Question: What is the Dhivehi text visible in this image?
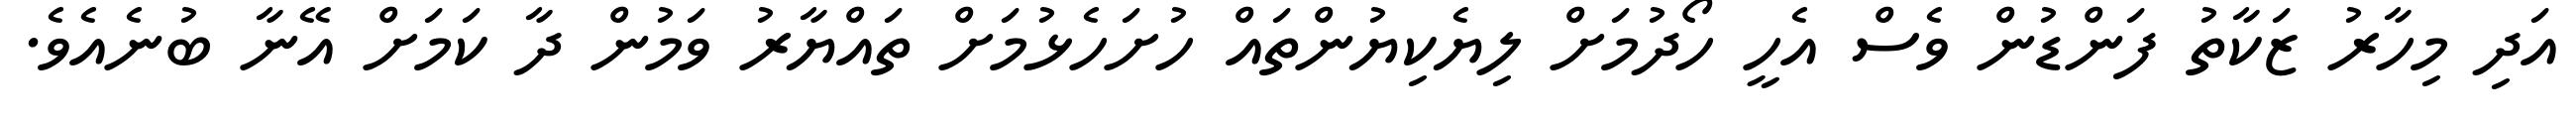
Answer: އަދި މިހާރު ޒަކާތު ފަންޑުން ވެސް އެހީ ހޯދުމަށް ލިޔެކިޔުންތައް ހުށަހެޅުމަށް ތައްޔާރު ވަމުން ދާ ކަމަށް އޭނާ ބުނެއެވެ.